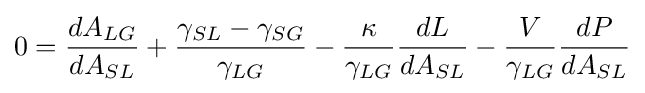
0={\frac {dA_{LG}}{dA_{SL}}}+{\frac {\gamma _{SL}-\gamma _{SG}}{\gamma _{LG}}}-{\frac {\kappa }{\gamma _{LG}}}{\frac {dL}{dA_{SL}}}-{\frac {V}{\gamma _{LG}}}{\frac {dP}{dA_{SL}}}